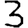
Digit: 3